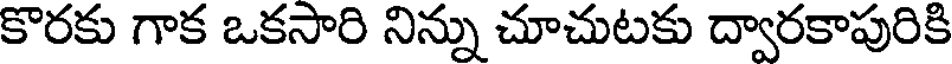
కొరకు గాక ఒకసారి నిన్ను చూచుటకు ద్వారకాపురికి